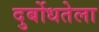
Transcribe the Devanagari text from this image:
दुर्बोधतेला